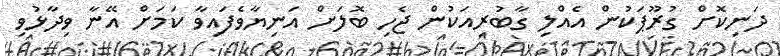
ދަނިކޮށް ގުރޫޕަކުން އެއްލި ގާބުރިއަކުން ޖެހި ބޮލަށް އަނިޔާވެފައިވާ ކަމަށް އޭނާ ވިދާޅުވި